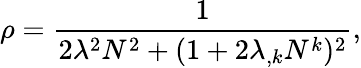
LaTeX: \rho=\frac{1}{2\lambda^{2}N^{2}+(1+2\lambda_{,k}N^{k})^{2}},